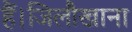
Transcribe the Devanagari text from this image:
हैं।जिलौखाना